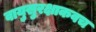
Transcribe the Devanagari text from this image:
वायुसुरक्षाकवच